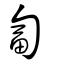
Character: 匐